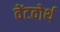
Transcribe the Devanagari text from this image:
वेंटवोर्थ